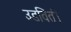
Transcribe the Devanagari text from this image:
उडविती